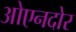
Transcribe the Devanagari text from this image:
ओएनदोर